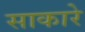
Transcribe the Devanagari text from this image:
साकारे